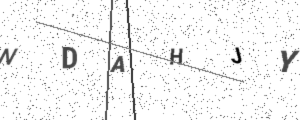
Text: NDAHJY